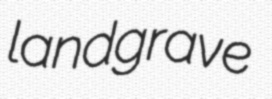
landgrave